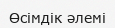
Өсімдік әлемі